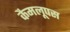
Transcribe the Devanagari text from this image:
कैमलूपस